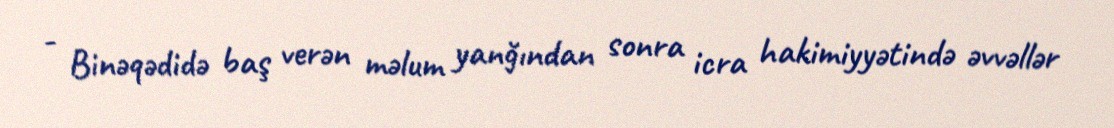
- Binəqədidə baş verən məlum yanğından sonra icra hakimiyyətində əvvəllər